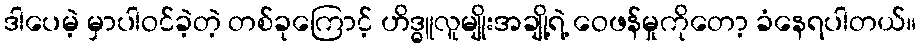
ဒါပေမဲ့ မှာပါဝင်ခဲ့တဲ့ တစ်ခုကြောင့် ဟိဒ္ဓူလူမျိုးအချို့ရဲ့ ဝေဖန်မှုကိုတော့ ခံနေရပါတယ်။